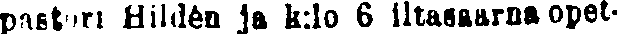
pastori Hildén ja k:lo 6 iltasaarna opet-